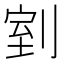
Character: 𭃸